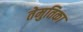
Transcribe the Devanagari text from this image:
तेमुतिका